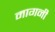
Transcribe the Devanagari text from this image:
मागनी